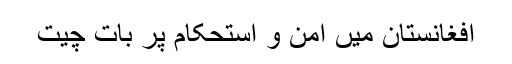
افغانستان میں امن و استحکام پر بات چیت